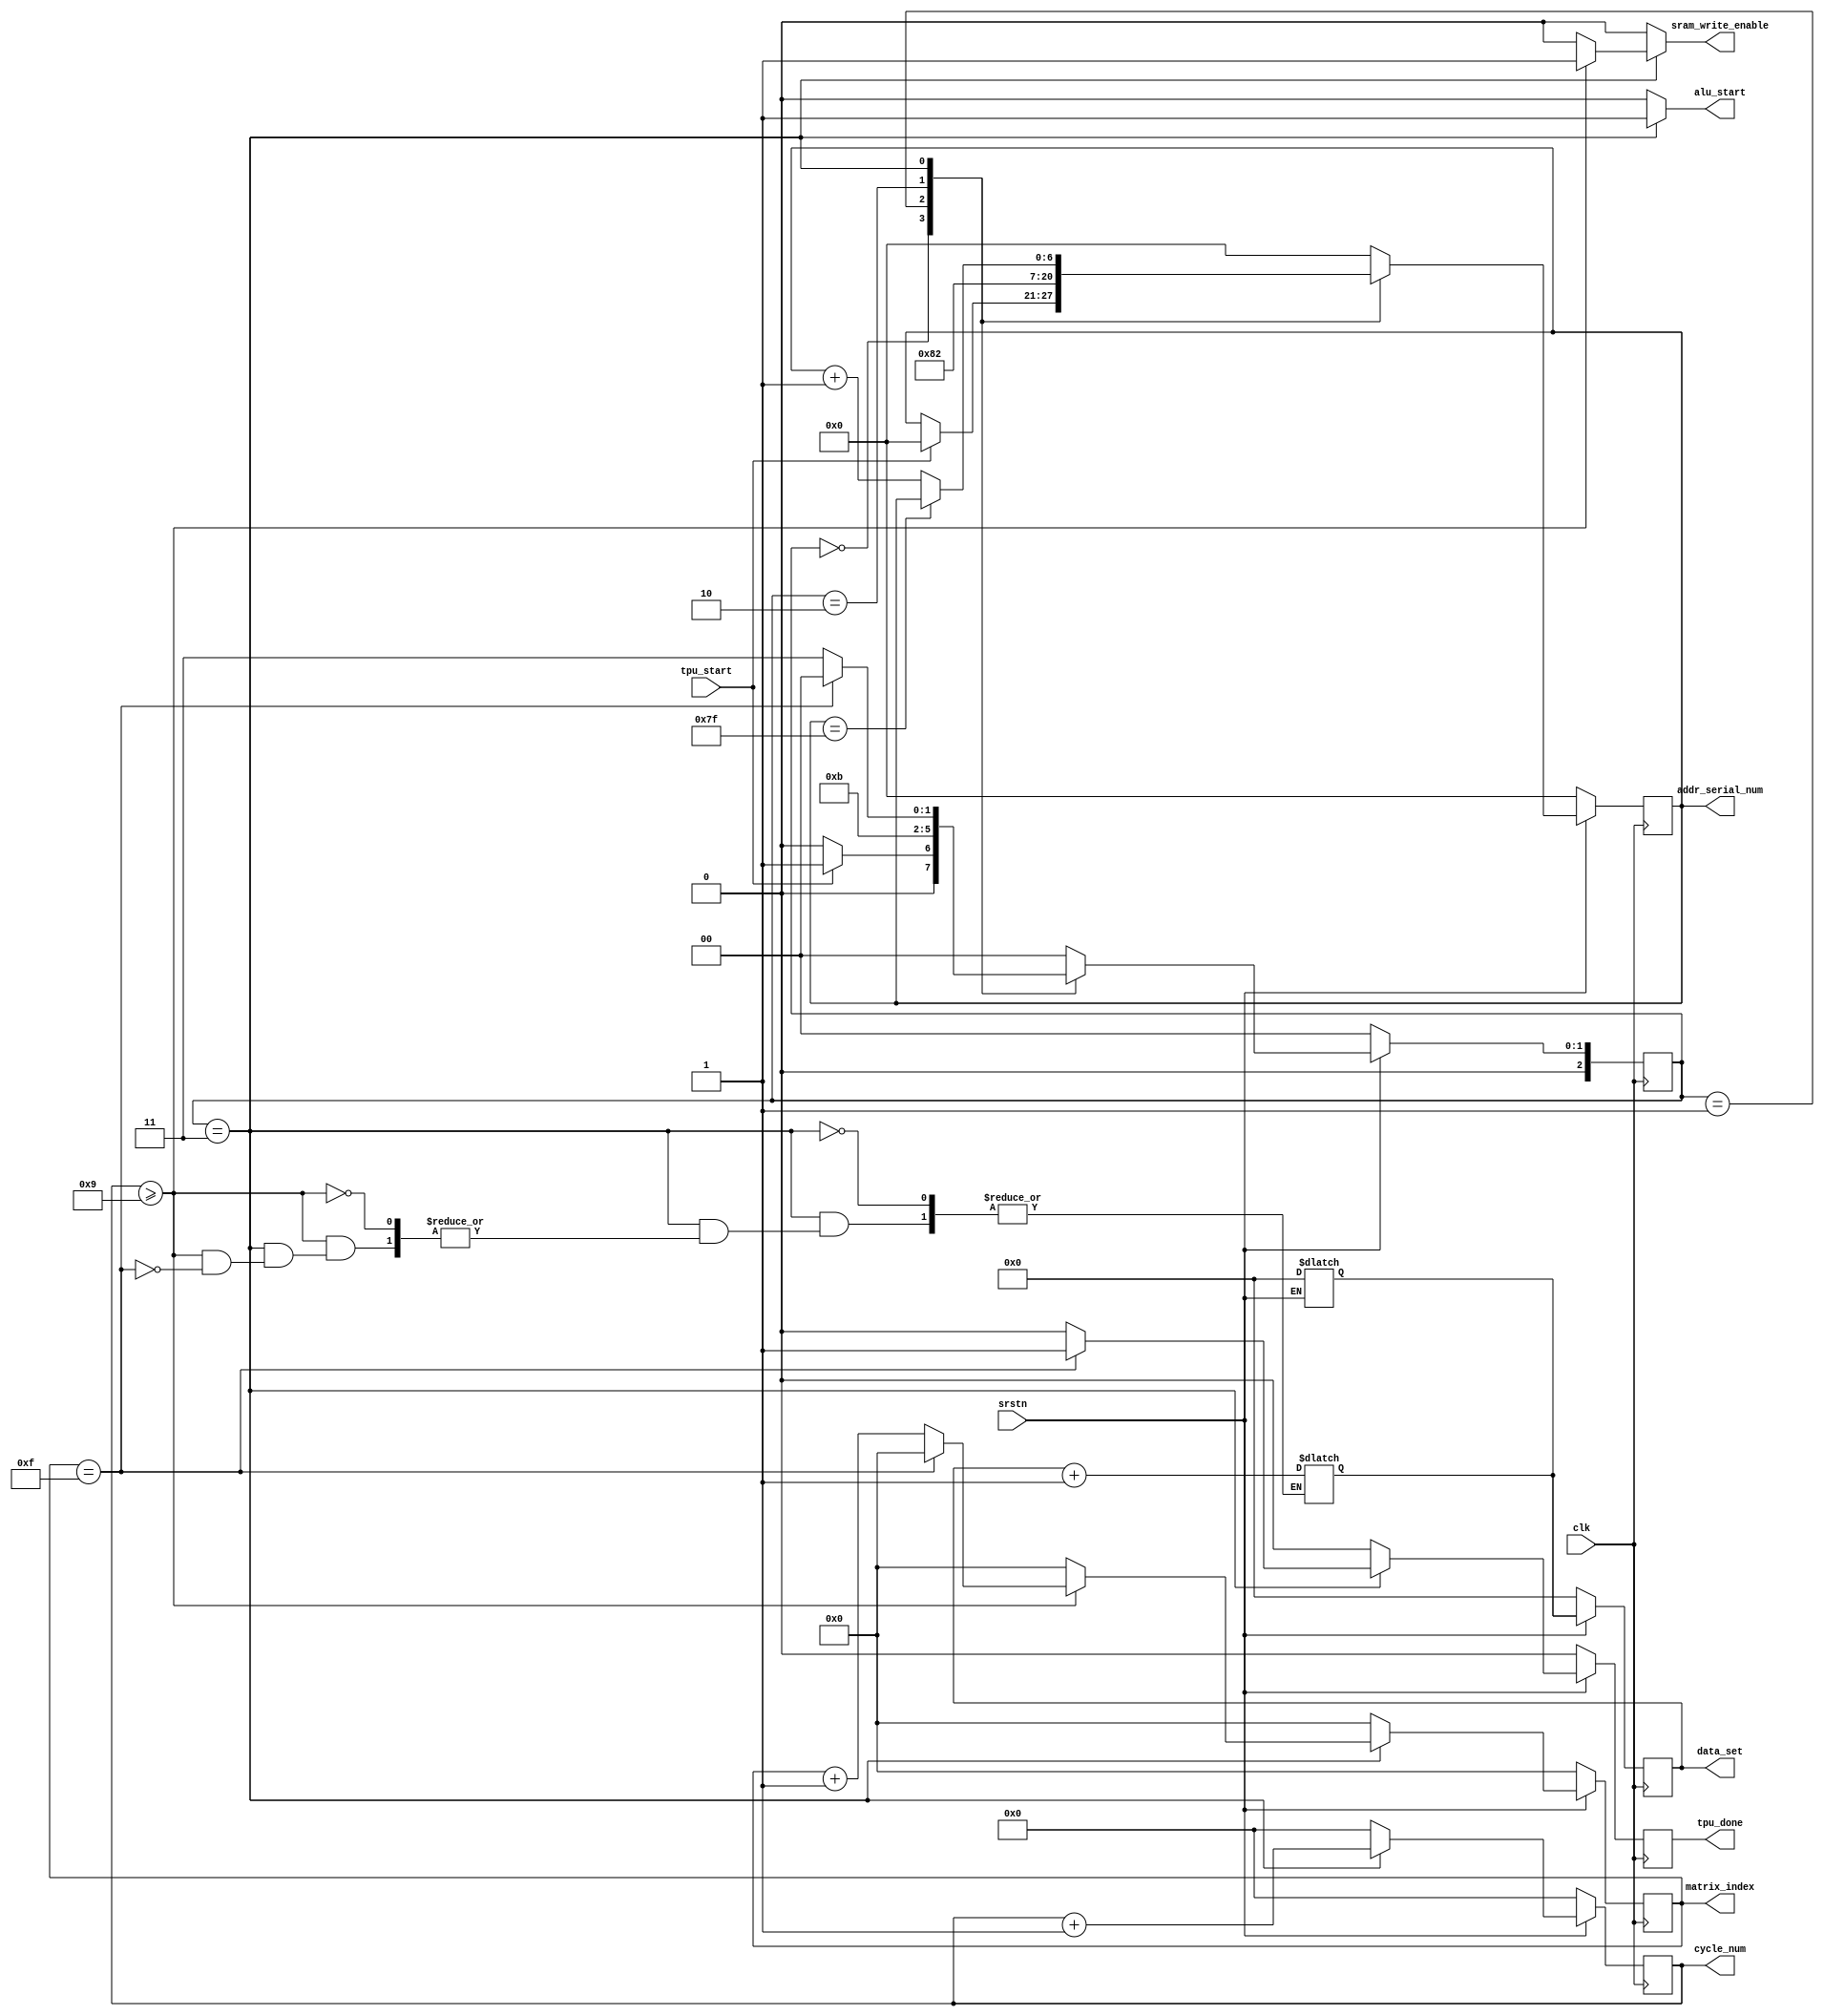
// This program was cloned from: https://github.com/benhuangpf/systolic-array
// License: MIT License

//-----controller for systolic array----

module systolic_controll#(
	parameter ARRAY_SIZE = 8
)
(
	input clk,
	input srstn,
	input tpu_start,																//total enable signal
	
	output reg sram_write_enable,

	//addr_sel
	output reg [6:0] addr_serial_num,

	//systolic array
	output reg alu_start,																//shift & multiplcation start
	output reg [8:0] cycle_num,													//for systolic.v
	output reg [5:0] matrix_index,													//index for write-out SRAM data
	output reg [9:0] data_set,

	output reg tpu_done														//done signal
);

localparam IDLE = 3'd0, LOAD_DATA = 3'd1, WAIT1 = 3'd2, ROLLING = 3'd3;

//----general variable----
reg [2:0] state;
reg [2:0] state_nx;

reg [9:0] data_set_nx;

reg tpu_done_nx;

//----addr_sel----
reg [6:0] addr_serial_num_nx;

//----systolic array----
reg [8:0] cycle_num_nx;
reg [5:0] matrix_index_nx;

//----initialization----
always@(posedge clk) begin
	if(~srstn) begin
		state <= IDLE;
		data_set <= 0;
		cycle_num <= 0;
		matrix_index <= 0;
		addr_serial_num <= 0;
		tpu_done <= 0;
	end
	else begin
		state <= state_nx;
		data_set <= data_set_nx;
		cycle_num <= cycle_num_nx;
		matrix_index <= matrix_index_nx;
		addr_serial_num <= addr_serial_num_nx;
		tpu_done <= tpu_done_nx;
	end
end

//----state transition, tpu_done signal----
always@(*) begin
	case(state) 
		IDLE:	 begin
			if(tpu_start)
				state_nx = LOAD_DATA;
			else
				state_nx = IDLE;
			tpu_done_nx = 0;
		end

		LOAD_DATA: begin
			state_nx = WAIT1;
			tpu_done_nx = 0;
		end

		WAIT1: begin
			state_nx = ROLLING;
			tpu_done_nx = 0;
		end

		ROLLING: begin
			// if(matrix_index==15 && data_set == 1) begin
			if(matrix_index==15) begin
				state_nx = IDLE;
				tpu_done_nx = 1;
			end
			else begin
				state_nx = ROLLING;
				tpu_done_nx = 0;
			end
		end

		default: begin
			state_nx = IDLE;
			tpu_done_nx = 0;
		end
	endcase
end

//-----addr_sel: addr_serial_num-----
always@(*) begin
	if(!srstn) data_set_nx = 0;
	case(state)
		IDLE: begin
			if(tpu_start)
				addr_serial_num_nx = 0;
			else
				addr_serial_num_nx = addr_serial_num;
		end

		LOAD_DATA:
			addr_serial_num_nx = 1;

		WAIT1: 
			addr_serial_num_nx = 2;

		ROLLING: begin
			if(addr_serial_num == 127)
				addr_serial_num_nx = addr_serial_num;
			else
				addr_serial_num_nx = addr_serial_num + 1;
		end

		default:
			addr_serial_num_nx = 0;
	endcase
end

//------systolic: alu_start, cycle_num, matrix_index, data_set,
//sram_write_enable------
always@(*) begin
	case(state)
		IDLE: begin
			alu_start = 0;
			cycle_num_nx = 0;
			matrix_index_nx = 0;
			// data_set_nx = 0;
			sram_write_enable = 0;
		end

		LOAD_DATA: begin
			alu_start = 0;
			cycle_num_nx = 0;
			matrix_index_nx = 0;
			// data_set_nx = 0;
			sram_write_enable = 0;
		end

		WAIT1: begin
			alu_start = 0;
			cycle_num_nx = 0;
			matrix_index_nx = 0;
			// data_set_nx = 0;
			sram_write_enable = 0;
		end

		ROLLING: begin
			alu_start = 1;
			cycle_num_nx = cycle_num + 1;
			if(cycle_num >= ARRAY_SIZE+1) begin
				if(matrix_index == 15) begin
					matrix_index_nx = 0;
					data_set_nx = data_set + 1;
				end
				else begin
					matrix_index_nx = matrix_index + 1;
					// data_set_nx = data_set;
				end
				sram_write_enable = 1;
			end
			else begin
				matrix_index_nx = 0;
				// data_set_nx = data_set;
				sram_write_enable = 0;
			end
		end

		default: begin
			alu_start = 0;
			cycle_num_nx = 0;
			matrix_index_nx = 0;
			// data_set_nx = 0;
			sram_write_enable = 0;
		end
		
	endcase
end

endmodule